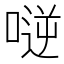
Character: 𠸺